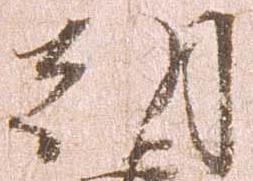
朝